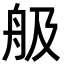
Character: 䑥